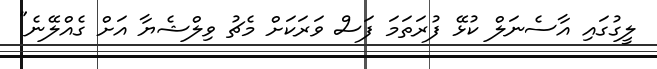
ލީގުގައި އާސެނަލް ކުޅޭ ފުރަތަމަ ފަސް ވަރަކަށް މެޗު ވިލްޝެޔާ އަށް ގެއްލޭނެ"